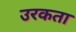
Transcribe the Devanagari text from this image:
उरकता